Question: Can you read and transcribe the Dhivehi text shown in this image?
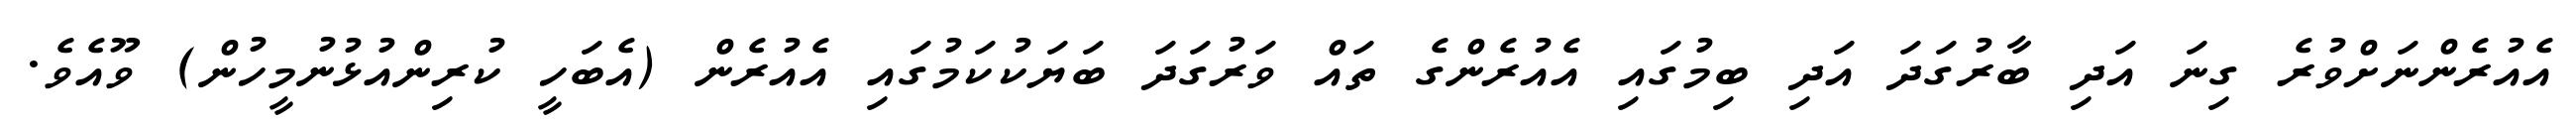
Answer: އެއުރެންނަށްވުރެ ގިނަ އަދި ބާރުގަދަ އަދި ބިމުގައި އެއުރެންގެ ތައް ވަރުގަދަ ބަޔަކުކަމުގައި އެއުރެން (އެބަހީ ކުރިންއުޅުނުމީހުން) ވޫއެވެ.